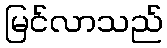
မြင်လာသည်